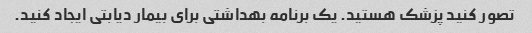
تصور کنید پزشک هستید. یک برنامه بهداشتی برای بیمار دیابتی ایجاد کنید.